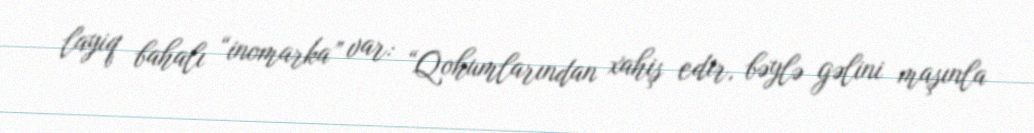
layiq bahalı “inomarka” var: “Qohumlarından xahiş edir, bəylə gəlini maşınla